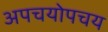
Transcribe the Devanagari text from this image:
अपचयोपचय